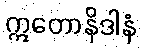
ဣတောနိဒါနံ